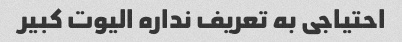
احتیاجی به تعریف نداره الیوت کبیر